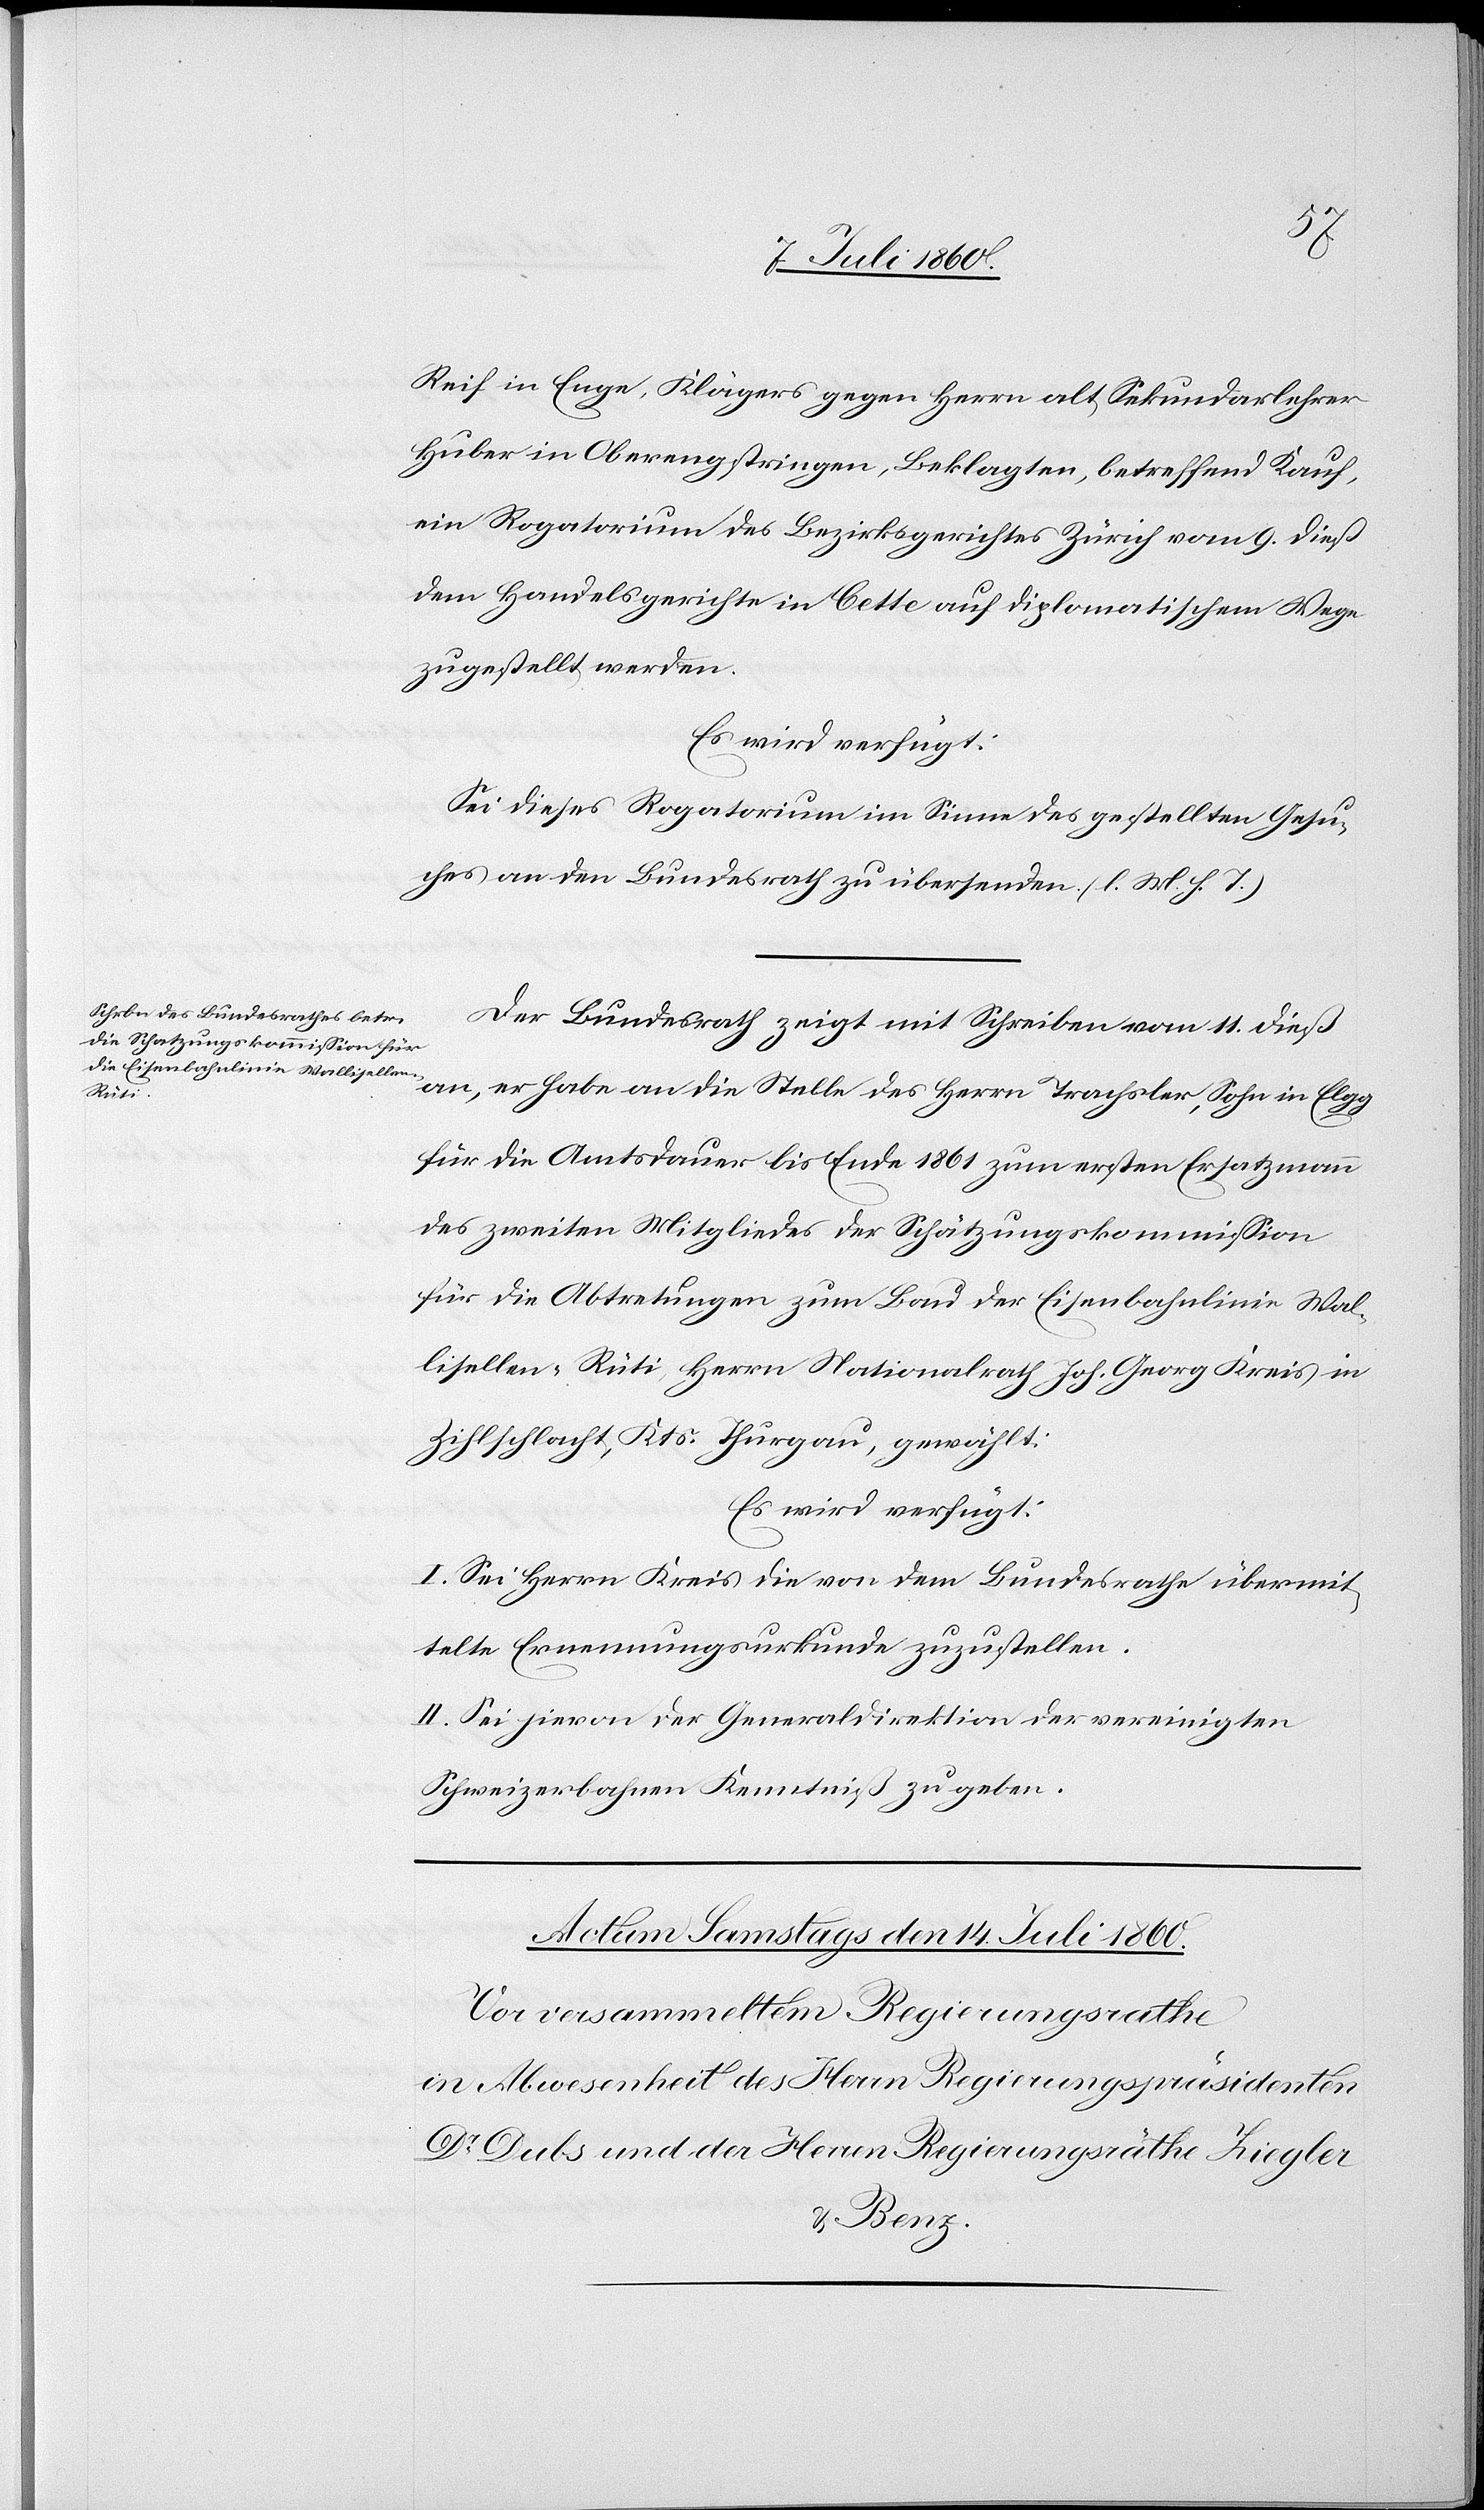
Reif in Enge, Klägers gegen Herrn alt Sekundarlehrer
Huber in Oberengstringen, Beklagten, betreffend Kauf,
ein Rogatorium des Bezirksgerichtes Zürich vom 9. dieß
dem Handelsgerichte in Cette auf diplomatischem Wege
zugestellt werden.
Es wird verfügt:
Sei dieses Rogatorium im Sinne des gestellten Gesu¬
ches an den Bundesrath zu übersenden. (l. M. h. T.)
Der Bundesrath zeigt mit Schreiben vom 11. dieß
an, er habe an die Stelle des Herrn Trachsler, Sohn in Elgg
für die Amtsdauer bis Ende 1861 zum ersten Ersatzmann
des zweiten Mitgliedes der Schätzungskommission
für die Abtretungen zum Bau der Eisenbahnlinie Wal¬
lisellen-Rüti, Herrn Nationalrath Joh. Georg Kreis in
Zihlschlacht, Kts. Thurgau, gewählt:
Es wird verfügt:
I. Sei Herrn Kreis die von dem Bundesrathe übermit¬
telte Ernennungsurkunde zuzustellen.
II. Sei hievon der Generaldirektion der vereinigten
Schweizerbahnen Kenntniß zu geben.
Actum den 13. Juli 1860.]